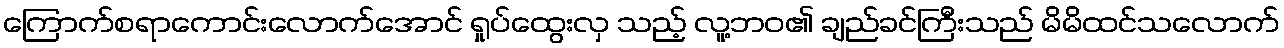
ကြောက်စရာကောင်းလောက်အောင် ရှုပ်ထွေးလှ သည့် လူ့ဘဝ၏ ချည်ခင်ကြီးသည် မိမိထင်သလောက်